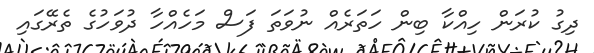
ދިގު ކުރަން ހިއްކާ ބިން ހަތަރެއް ނުވަތަ ފަސް މަހެއްހާ ދުވަހުގެ ތެރޭގައި